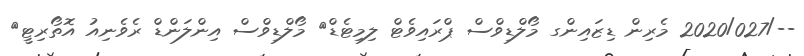
--/2020/027 މެރިން ޑިޒައިންގ މޯލްޑިވްސް ޕްރައިވެޓް ލިމިޓެޑް	 މޯލްޑިވްސް އިންލަންޑް ރެވެނިއު އޮތޯރިޓީ